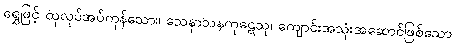
ရွှေဖြင့် ထုလုပ်အပ်ကုန်သော။ သေနာသနကုဋေသု၊ ကျောင်းအသုံးအဆောင်ဖြစ်သော